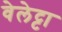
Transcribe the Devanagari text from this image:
वेलेट्टा